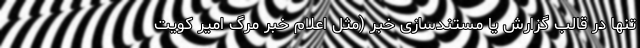
تنها در قالب گزارش یا مستند‌سازی خبر (مثل اعلام خبر مرگ امیر کویت